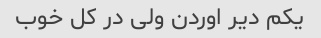
یکم دیر اوردن ولی در کل خوب